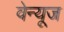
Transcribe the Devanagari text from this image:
वेन्यूज